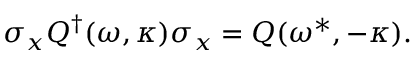
\sigma _ { x } Q ^ { \dagger } ( \omega , \kappa ) \sigma _ { x } = Q ( \omega ^ { * } , - \kappa ) .